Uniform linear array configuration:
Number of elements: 12
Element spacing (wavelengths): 0.75
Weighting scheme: hann
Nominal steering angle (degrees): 30
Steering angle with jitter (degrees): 31.275
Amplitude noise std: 0.05
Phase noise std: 0.05

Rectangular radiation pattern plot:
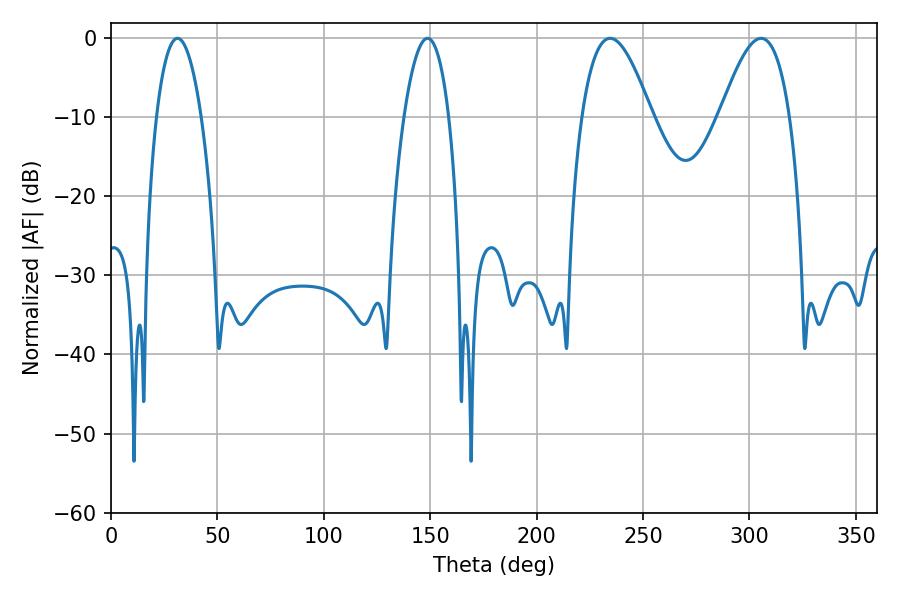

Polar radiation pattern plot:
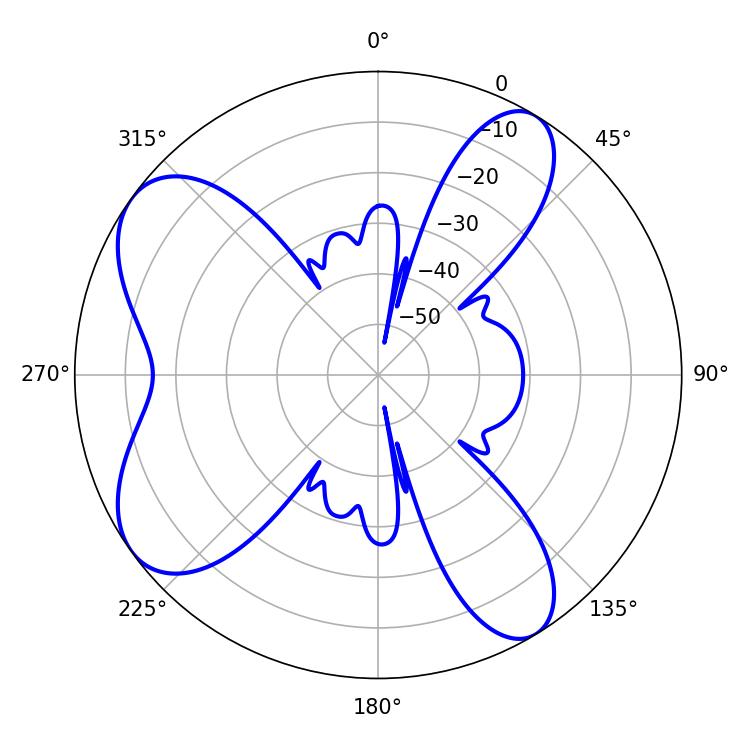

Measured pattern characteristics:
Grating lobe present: TRUE
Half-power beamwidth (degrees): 17.82
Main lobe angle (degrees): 234.54